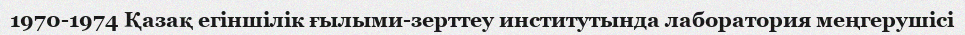
1970-1974 Қазақ егіншілік ғылыми-зерттеу институтында лаборатория меңгерушісі